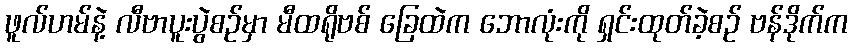
ဖူလ်ဟမ်နဲ့ လီဗာပူးပွဲစဉ်မှာ မီထရိုဗစ် ခြေထဲက ဘောလုံးကို ရှင်းထုတ်ခဲ့စဉ် ဗန်ဒိုက်က